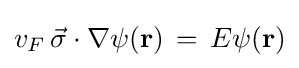
v_{F}\,{\vec {\sigma }}\cdot \nabla \psi (\mathbf {r} )\,=\,E\psi (\mathbf {r} )